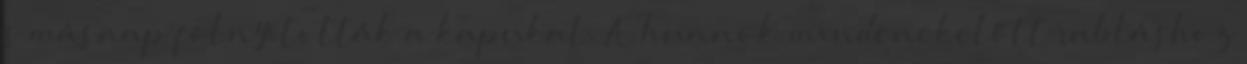
s másnap fölnyitották a kapukat. A hunnok mindenekelőtt rabláshoz